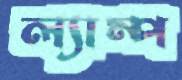
ল্যাম্প